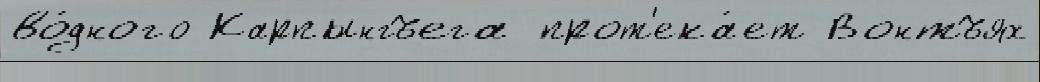
во́дного Карпынгъега прот'ека́ет Вонтъях